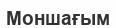
Моншағым